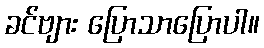
ခင်ဗျား ပြောသာပြောပါ။